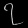
Digit: ၇